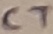
Text: C7